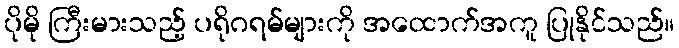
ပိုမို ကြီးမားသည့် ပရိုဂရမ်များကို အထောက်အကူ ပြုနိုင်သည်။